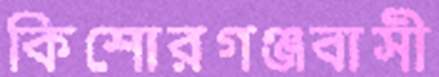
কিশোরগঞ্জবাসী